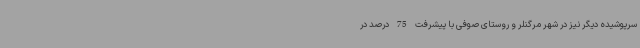
سرپوشیده دیگر نیز در شهر مرگنلر و روستای صوفی با پیشرفت 75 درصد در